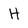
Character: H